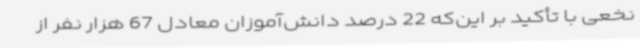
نخعی با تأکید بر این‌که 22 درصد دانش‌آموزان معادل 67 هزار نفر از